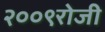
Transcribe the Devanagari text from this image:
२००९रोजी